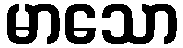
မာသော